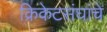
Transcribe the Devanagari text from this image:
क्रिकेटसंघांचे